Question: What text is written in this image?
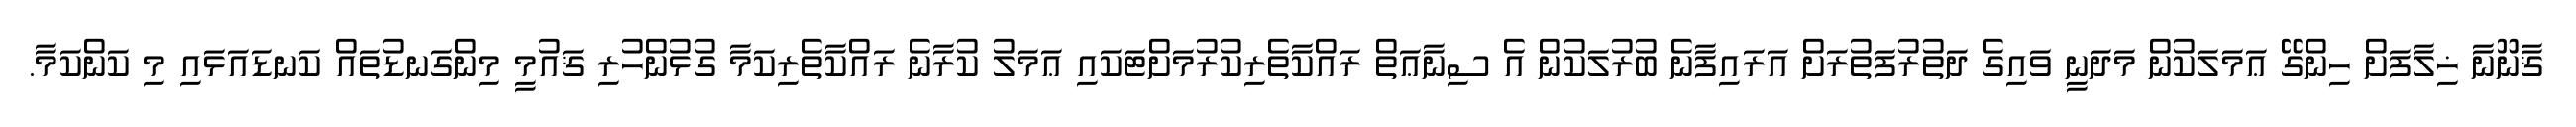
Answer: ޤާނޫނާ ޚިލާފަށް ހިންގޭ ޢަމަލަކުން މަދަނީ ވައިގެ ދަތުރުފަތުރަށް އަރައިފާނެ ބުރުލަކުން އެ ސިނާޢަތް ރައްކާތެރިކުރުމަށްޓަކައި ޢަމަލު ކުރާނެ ރައްކާތެރިކަމާ ގުޅުންހުރި ޤައުމީ މިންގަނޑުތައް ކަނޑައަޅައި މި ކަންކަމާ.